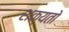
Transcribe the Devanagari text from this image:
शक्‍यतो